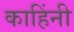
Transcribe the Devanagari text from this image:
काहिंनी